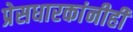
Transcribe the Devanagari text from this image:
प्रेसधारकांनीही